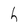
Character: h